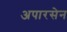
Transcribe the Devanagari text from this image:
अपारसेन